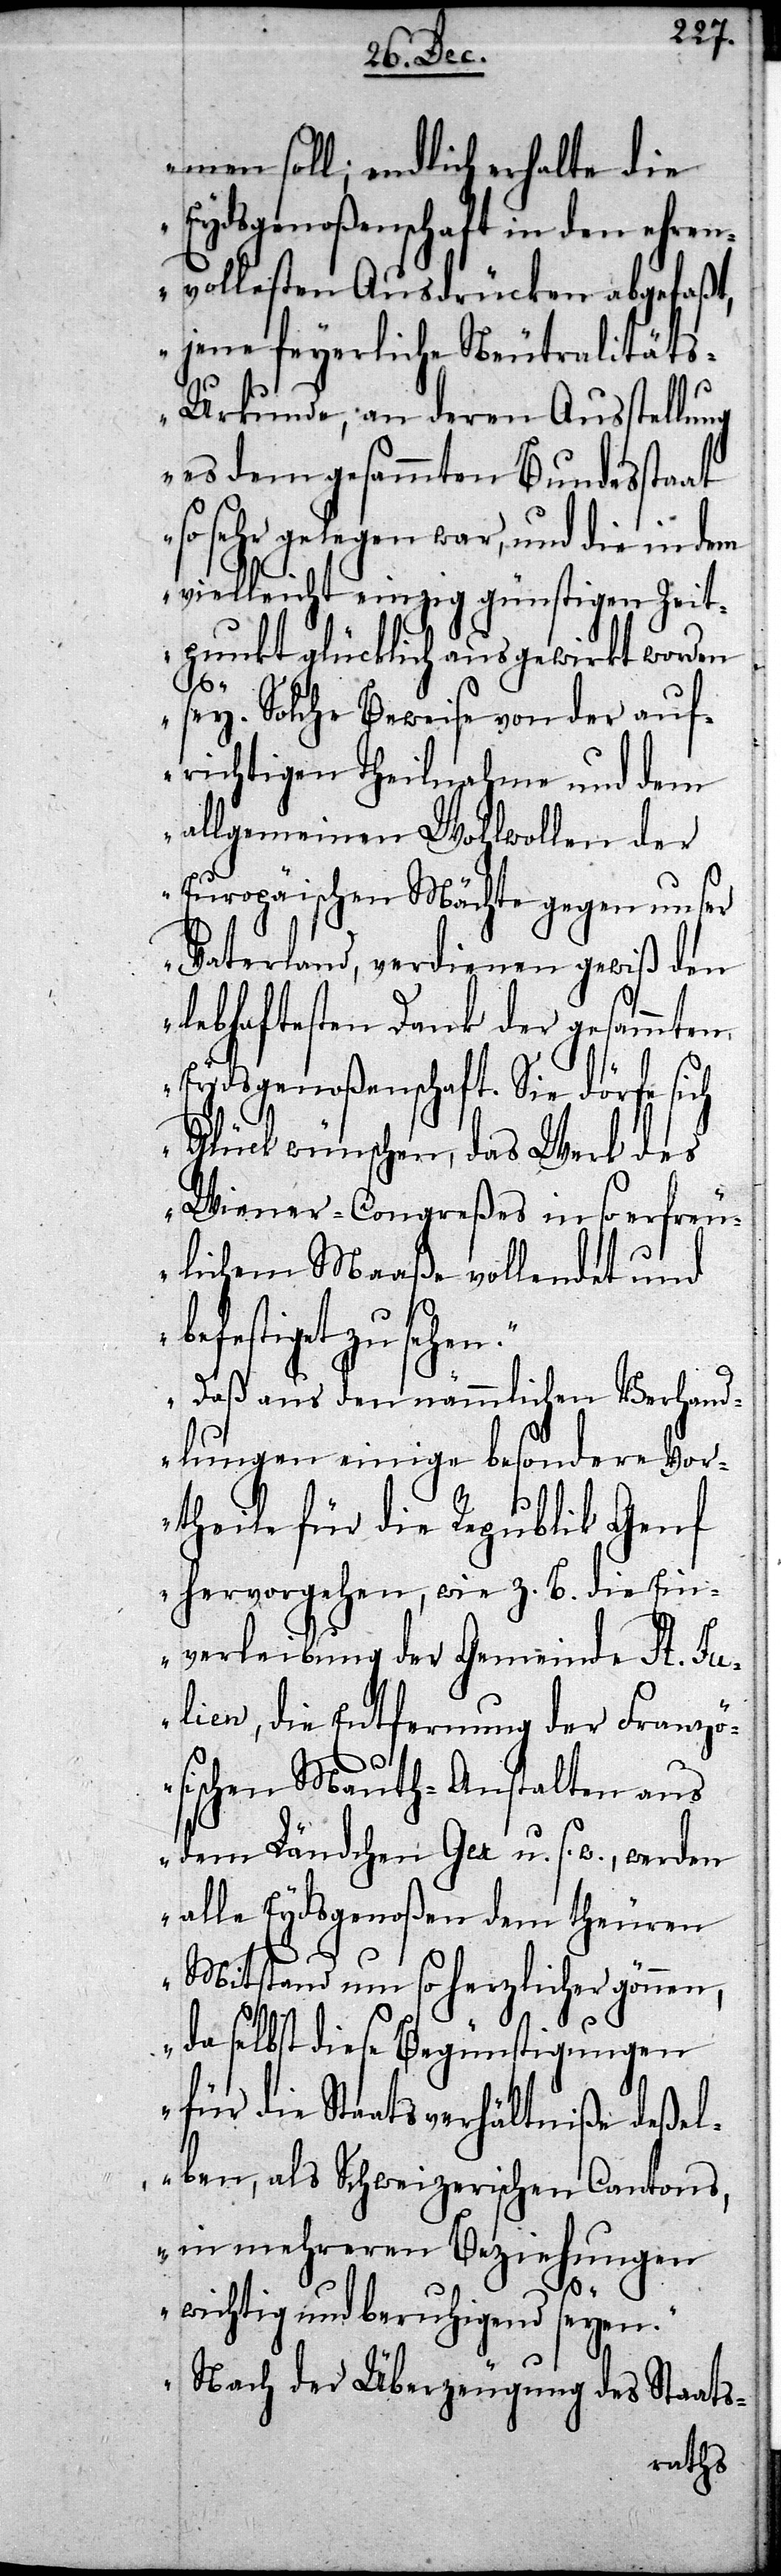
men soll; endlich erhalte die
Eydsgenoßenschaft in den ehren¬
vollesten Ausdrücken abgefaßt,
jene feyerliche Neutralität¬
s-Urkunde, an deren Ausstellung
es dem gesammten Bundesstaat
so sehr gelegen war, und die in dem
vielleicht einzig günstigen Zeit¬
punkt glücklich ausgewirkt worden
sey. Solche Beweise von der auf¬
richtigen Theilnahme und dem
allgemeinen Wohlwollen der
Europäischen Mächte gegen unser
Vaterland, verdienen gewiß den
lebhaftesten Dank der gesammten
Eydsgenoßenschaft. Sie dörfe sich
Glück wünschen, das Werk des
Wiener-Congreßes in so erfreu¬
lichem Maaße vollendet und
befestiget zu sehen.
Daß aus den nämmlichen Verhand¬
lungen einige besondere Vor¬
theile für die Republik Genf
hervorgehen, wie z. B. die Ein¬
verleibung der Gemeinde St. Ju¬
lien, die Entfernung der Franz¬
ösischen Mauth-Anstalten aus
dem Ländchen Gex u. s. w., werden
alle Eydsgenoßen dem theuren
Mitstand um so herzlicher gönnen,
da selbst diese Begünstigungen
für die Staatsverhältniße deßel¬
ben, als Schweizerischen Cantons,
in mehreren Beziehungen
wichtig und beruhigend seyen.
Nach der Überzeugung des Staats-